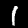
Label: 1